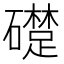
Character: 𥗈